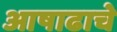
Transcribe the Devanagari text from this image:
आषाढाचे